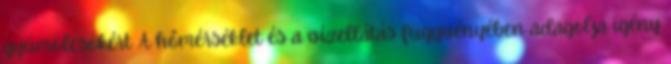
gyümölcsökért A hőmérséklet és a vízellátás függvényében adagolja igény